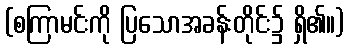
(စကြာမင်းကို ပြသောအခန်းတိုင်း၌ ရှိ၏။)